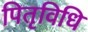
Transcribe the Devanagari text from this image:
पितृविधि